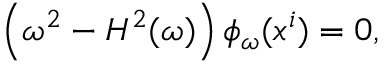
\left( \omega ^ { 2 } - H ^ { 2 } ( \omega ) \right) \phi _ { \omega } ( x ^ { i } ) = 0 ,